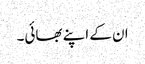
ان کے اپنے بھائی۔